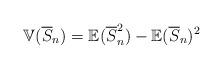
LaTeX: \begin{align*}\mathbb{V} (\overline{S}_n)=\mathbb{E} (\overline{S}_n^2)-\mathbb{E} (\overline{S}_n)^2\end{align*}